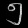
Digit: ၅